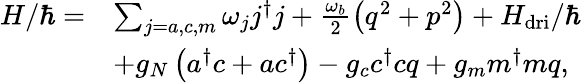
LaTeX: \begin{array}{rl}{H/\hbar=}&{\sum_{j=a,c,m}\omega_{j}j^{\dagger}j+\frac{\omega_{b}}{2}\left(q^{2}+p^{2}\right)+H_{\mathrm{dri}}/\hbar}\\ &{+g_{N}\left(a^{\dagger}c+ac^{\dagger}\right)-g_{c}c^{\dagger}cq+g_{m}m^{\dagger}mq,}\end{array}